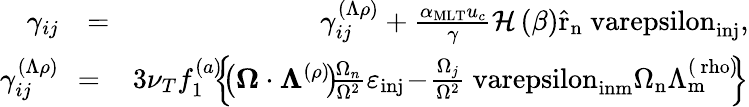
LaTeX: \begin{array}{rlr}{\gamma_{ij}}&{=}&{\gamma_{ij}^{(\Lambda\rho)}+\frac{\alpha_{\mathrm{MLT}}u_{c}}{\gamma}\mathcal{H}\left(\beta\right)\mathrm{\hat{r}_{n}\ varepsilon_{inj}},}\\ {\gamma_{ij}^{(\Lambda\rho)}}&{\! \! =\! \! }&{\! 3\nu_{T}f_{1}^{(a)}\! \! \! \left\{ \! \! \left(\mathbf{\boldsymbol{\Omega}}\cdot\boldsymbol{\Lambda}^{(\rho)}\! \right)\! \! \frac{\Omega_{n}}{\Omega^{2}}\varepsilon_{\mathrm{inj}}\! -\! \frac{\Omega_{j}}{\Omega^{2}}\mathrm{\ varepsilon_{inm}\Omega_{n}\Lambda_{m}^{(\ rho)}}\! \! \right\} }\end{array}